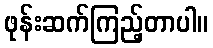
ဖုန်းဆက်ကြည့်တာပါ။